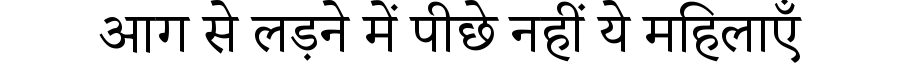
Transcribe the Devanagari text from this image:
आग से लड़ने में पीछे नहीं ये महिलाएँ